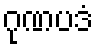
ဂုဏပဒံ